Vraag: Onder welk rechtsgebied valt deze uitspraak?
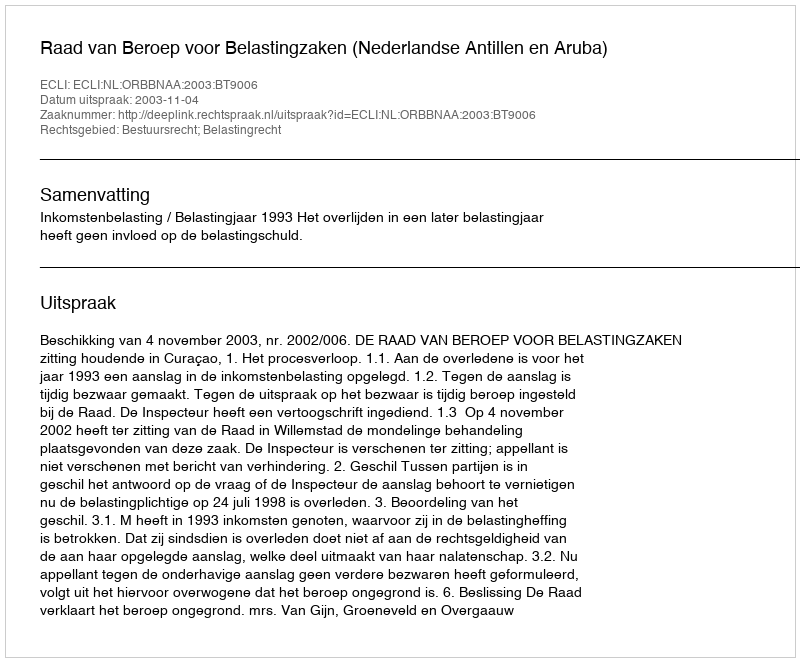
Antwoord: Bestuursrecht; Belastingrecht